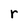
Character: r